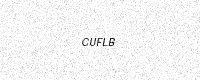
Text: CUFLB